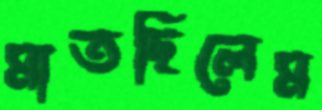
মাতছিলেম